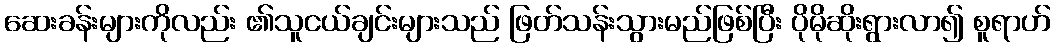
ဆေးခန်းများကိုလည်း ၏သူငယ်ချင်းများသည် ဖြတ်သန်းသွားမည်ဖြစ်ပြီး ပိုမိုဆိုးရွားလာ၍ စူရာဟ်